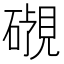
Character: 𬒜